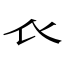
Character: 𧘇